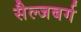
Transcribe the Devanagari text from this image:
सैल्जबर्ग